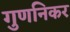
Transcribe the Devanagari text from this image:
गुणनिकर